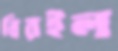
বিরইল